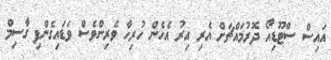
އައިސް ސްޓޫޑިއޯ ދޮރުމައްޗަށް އެރި އިރު އެހެން ހުރިހާ ވެރިންވެސް ވަޑައިގެންފި ގާސިމް